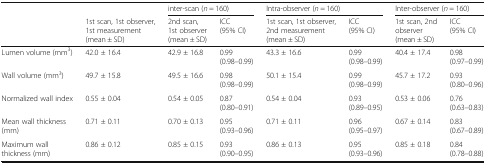
<table><thead><tr><td rowspan="2"></td><td></td><td colspan="2"><b>inter-scan (<i>n</i> = 160)</b></td><td colspan="2"><b>Intra-observer (<i>n</i> = 160)</b></td><td colspan="2"><b>Inter-observer (<i>n</i> = 160)</b></td></tr><tr><td><b>1st scan, 1st observer, 1st measurement(mean ± SD)</b></td><td><b>2nd scan, 1st observer(mean ± SD)</b></td><td><b>ICC (95% CI)</b></td><td><b>1st scan, 1st observer, 2nd measurement(mean ± SD)</b></td><td><b>ICC (95% CI)</b></td><td><b>1st scan, 2nd observer(mean ± SD)</b></td><td><b>ICC(95% CI)</b></td></tr></thead><tbody><tr><td>Lumen volume (mm<sup>3</sup>)</td><td>42.0 ± 16.4</td><td>42.9 ± 16.8</td><td>0.99 (0.98–0.99)</td><td>43.3 ± 16.6</td><td>0.99 (0.98–0.99)</td><td>40.4 ± 17.4</td><td>0.98 (0.97–0.99)</td></tr><tr><td>Wall volume (mm<sup>3</sup>)</td><td>49.7 ± 15.8</td><td>49.5 ± 16.6</td><td>0.98 (0.98–0.99)</td><td>50.1 ± 15.4</td><td>0.99 (0.98–0.99)</td><td>45.7 ± 17.2</td><td>0.93 (0.80–0.96)</td></tr><tr><td>Normalized wall index</td><td>0.55 ± 0.04</td><td>0.54 ± 0.05</td><td>0.87 (0.80–0.91)</td><td>0.54 ± 0.04</td><td>0.93 (0.89–0.95)</td><td>0.53 ± 0.06</td><td>0.76 (0.63–0.83)</td></tr><tr><td>Mean wall thickness (mm)</td><td>0.71 ± 0.11</td><td>0.70 ± 0.13</td><td>0.95 (0.93–0.96)</td><td>0.71 ± 0.11</td><td>0.96 (0.95–0.97)</td><td>0.67 ± 0.14</td><td>0.83 (0.67–0.89)</td></tr><tr><td>Maximum wall thickness (mm)</td><td>0.86 ± 0.12</td><td>0.85 ± 0.15</td><td>0.93 (0.90–0.95)</td><td>0.86 ± 0.13</td><td>0.95 (0.93–0.96)</td><td>0.85 ± 0.18</td><td>0.84 (0.78–0.88)</td></tr></tbody></table>